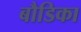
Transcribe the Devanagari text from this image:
बौडिका